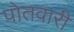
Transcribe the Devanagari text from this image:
पोतवारी